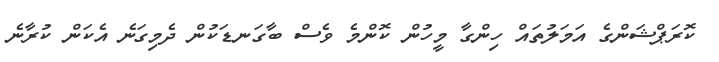
ކޮރަޕްޝަންގެ އަމަލުތައް ހިންގާ މީހުން ކޮންމެ ވެސް ބާގަނޑަކުން ދެމިގަނެ އެކަން ކުރާނެ